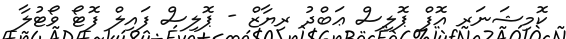
ކޮމިޝަނަރ އޮފް ޕޮލިސް ޢަބްދު ރިޔާޒް - ޕޮލިސް ފައިލް ފޮޓޯ ވޯޓުލާ